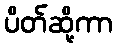
ပိတ်ဆို့ကာ